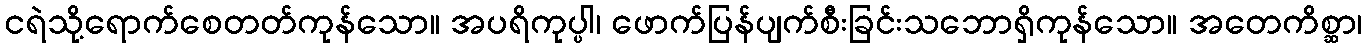
ငရဲသို့ရောက်စေတတ်ကုန်သော။ အပရိကုပ္ပါ၊ ဖောက်ပြန်ပျက်စီးခြင်းသဘောရှိကုန်သော။ အတေကိစ္ဆာ၊